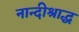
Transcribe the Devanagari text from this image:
नान्दीश्राद्ध